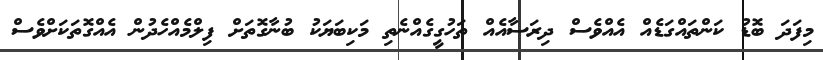
މިފަދަ ބޮޑު ކަންތައްގަޑެއް އެއްވެސް ދިރަސާއެއް ތަހުގީގެއްނެތި މަކިބަޔަކު ބުނާގޮތަށް ފިލްމެއްހެދުން އެއްގޮތަކަށްވެސް